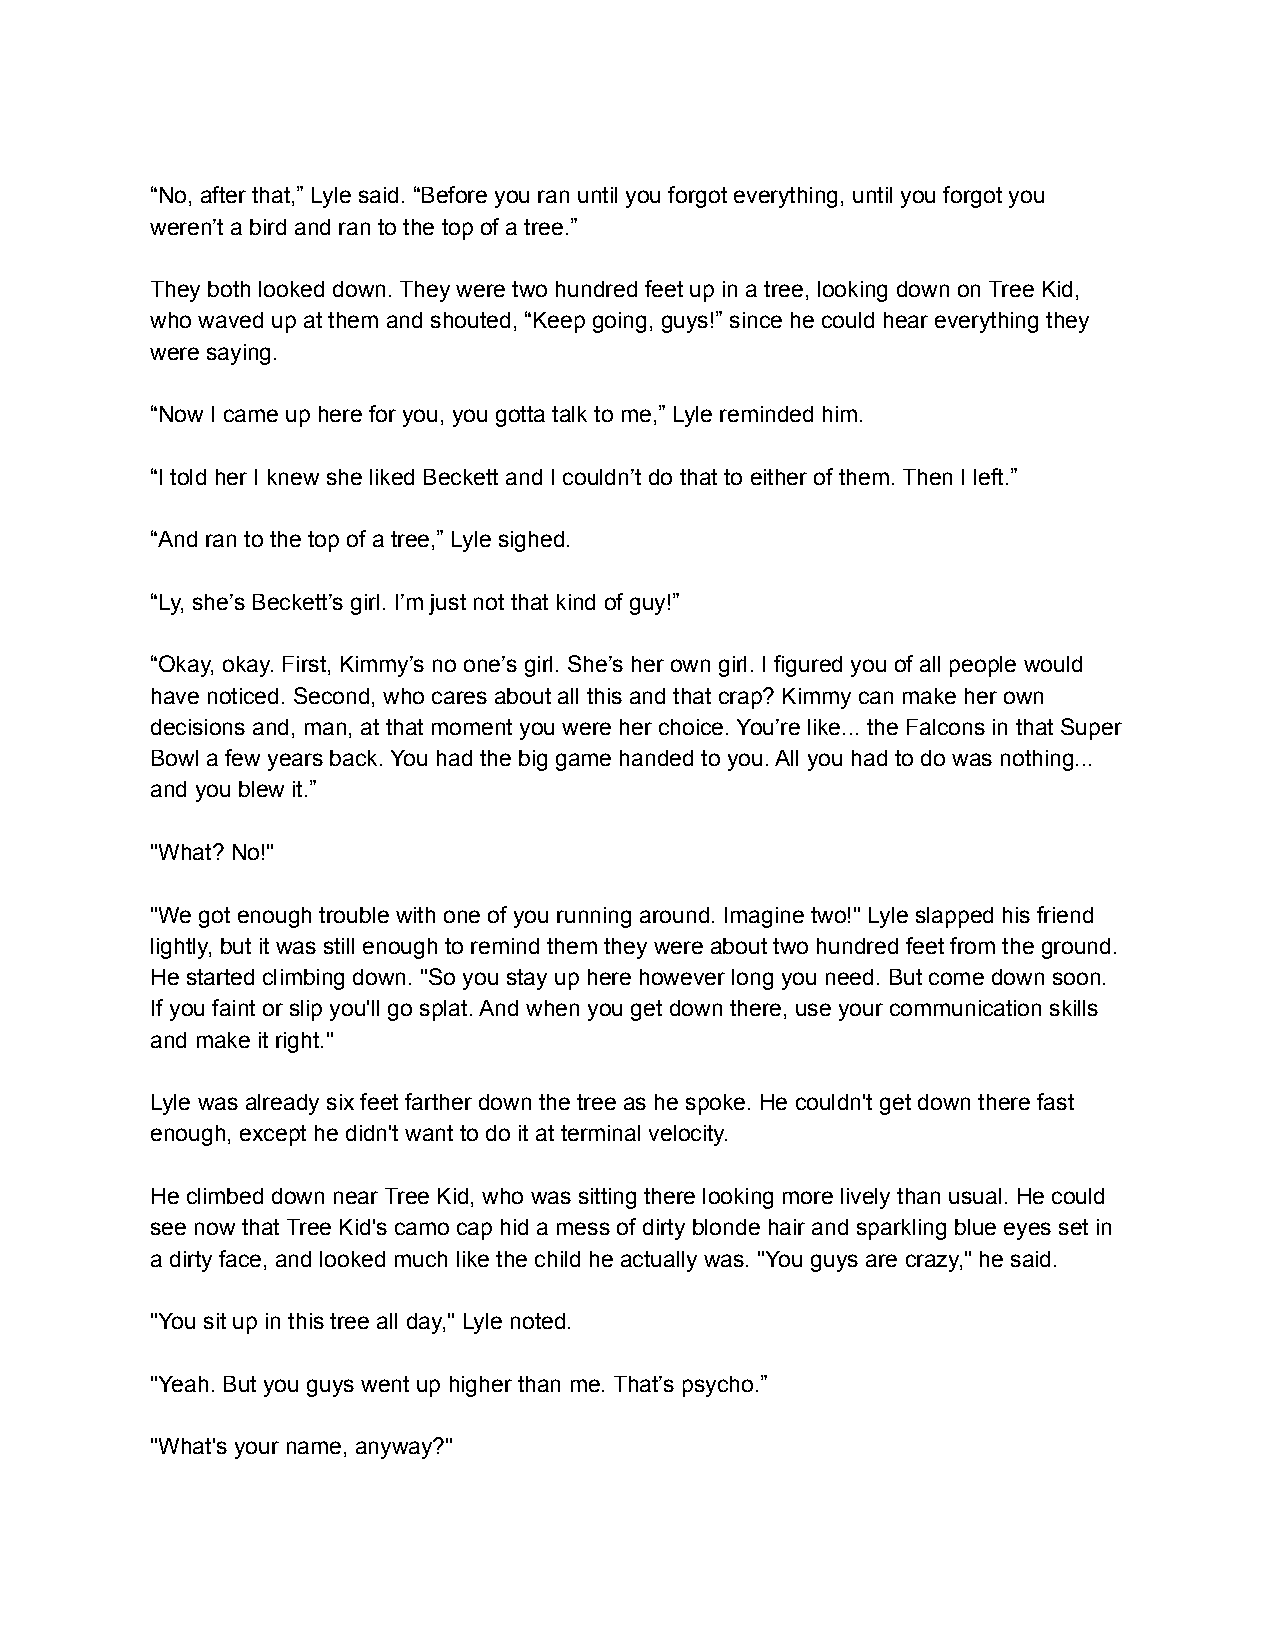
“No, after that,” Lyle said. “Before you ran until you forgot everything, until you forgot you
 weren’t a bird and ran to the top of a tree.”
 They both looked down. They were two hundred feet up in a tree, looking down on Tree Kid,
 who waved up at them and shouted, “Keep going, guys!” since he could hear everything they
 were saying.
 “Now I came up here for you, you gotta talk to me,” Lyle reminded him.
 “I told her I knew she liked Beckett and I couldn’t do that to either of them. Then I left.”
 “And ran to the top of a tree,” Lyle sighed.
 “Ly, she’s Beckett’s girl. I’m just not that kind of guy!”
 “Okay, okay. First, Kimmy’s no one’s girl. She’s her own girl. I figured you of all people would
 have noticed. Second, who cares about all this and that crap? Kimmy can make her own
 decisions and, man, at that moment you were her choice. You’re like... the Falcons in that Super
 Bowl a few years back. You had the big game handed to you. All you had to do was nothing...
 and you blew it.”
 "What? No!"
 "We got enough trouble with one of you running around. Imagine two!" Lyle slapped his friend
 lightly, but it was still enough to remind them they were about two hundred feet from the ground.
 He started climbing down. "So you stay up here however long you need. But come down soon.
 If you faint or slip you'll go splat. And when you get down there, use your communication skills
 and make it right."
 Lyle was already six feet farther down the tree as he spoke. He couldn't get down there fast
 enough, except he didn't want to do it at terminal velocity.
 He climbed down near Tree Kid, who was sitting there looking more lively than usual. He could
 see now that Tree Kid's camo cap hid a mess of dirty blonde hair and sparkling blue eyes set in
 a dirty face, and looked much like the child he actually was. "You guys are crazy," he said.
 "You sit up in this tree all day," Lyle noted.
 "Yeah. But you guys went up higher than me. That’s psycho.”
 "What's your name, anyway?"